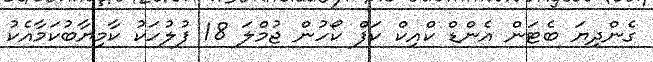
ގެންދިޔަ ބެޓަން އެންޑް ކްއިކް ކަފް ކޯހުން ޖުމްލަ 18 ފުލުހަކު ކާމިޔާބުކަމާއެކު